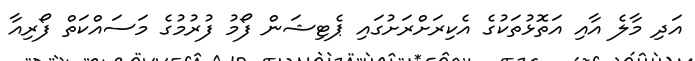
އަދި މާލެ އާއި އަތޮޅުތަކުގެ އެކިރަށްރަށުގައި ޕެޓިޝަން ފޯމު ފުރުމުގެ މަސައްކަތް ފޯރިއާ